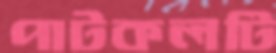
পাটকলটি